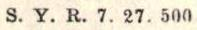
S. Y. R. 7. 27. 500